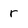
Character: r